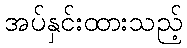
အပ်နှင်းထားသည့်